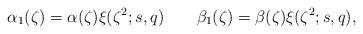
LaTeX: \begin{align*}\alpha_1(\zeta)=\alpha(\zeta)\xi(\zeta^2;s,q)\qquad\beta_1(\zeta)=\beta(\zeta)\xi(\zeta^2;s,q),\end{align*}